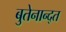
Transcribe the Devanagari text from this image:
बुतेनान्द्त